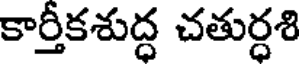
కార్తీకశుద్ధ చతుర్ధశి